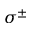
\sigma ^ { \pm }